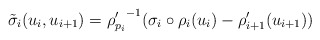
\begin{align*}\tilde{\sigma}_i(u_i,u_{i+1}) = {\rho_{p_i}'}^{-1}(\sigma_i \circ \rho_i(u_i) -\rho_{i+1}'(u_{i+1}))\end{align*}